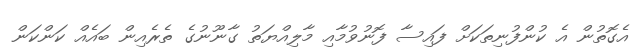
އެގޮތުން އެ ކުންފުނިތަކަށް ފައިސާ ފޮނުވުމާއި މާލިއްޔަތު ގާނޫނުގެ ތެރެއިން ބައެއް ކަންކަން